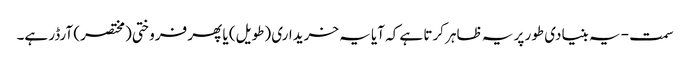
سمت - یہ بنیادی طور پر یہ ظاہر کرتا ہے کہ آیا یہ خریداری (طویل) یا پھر فروختی (مختصر) آرڈر ہے۔